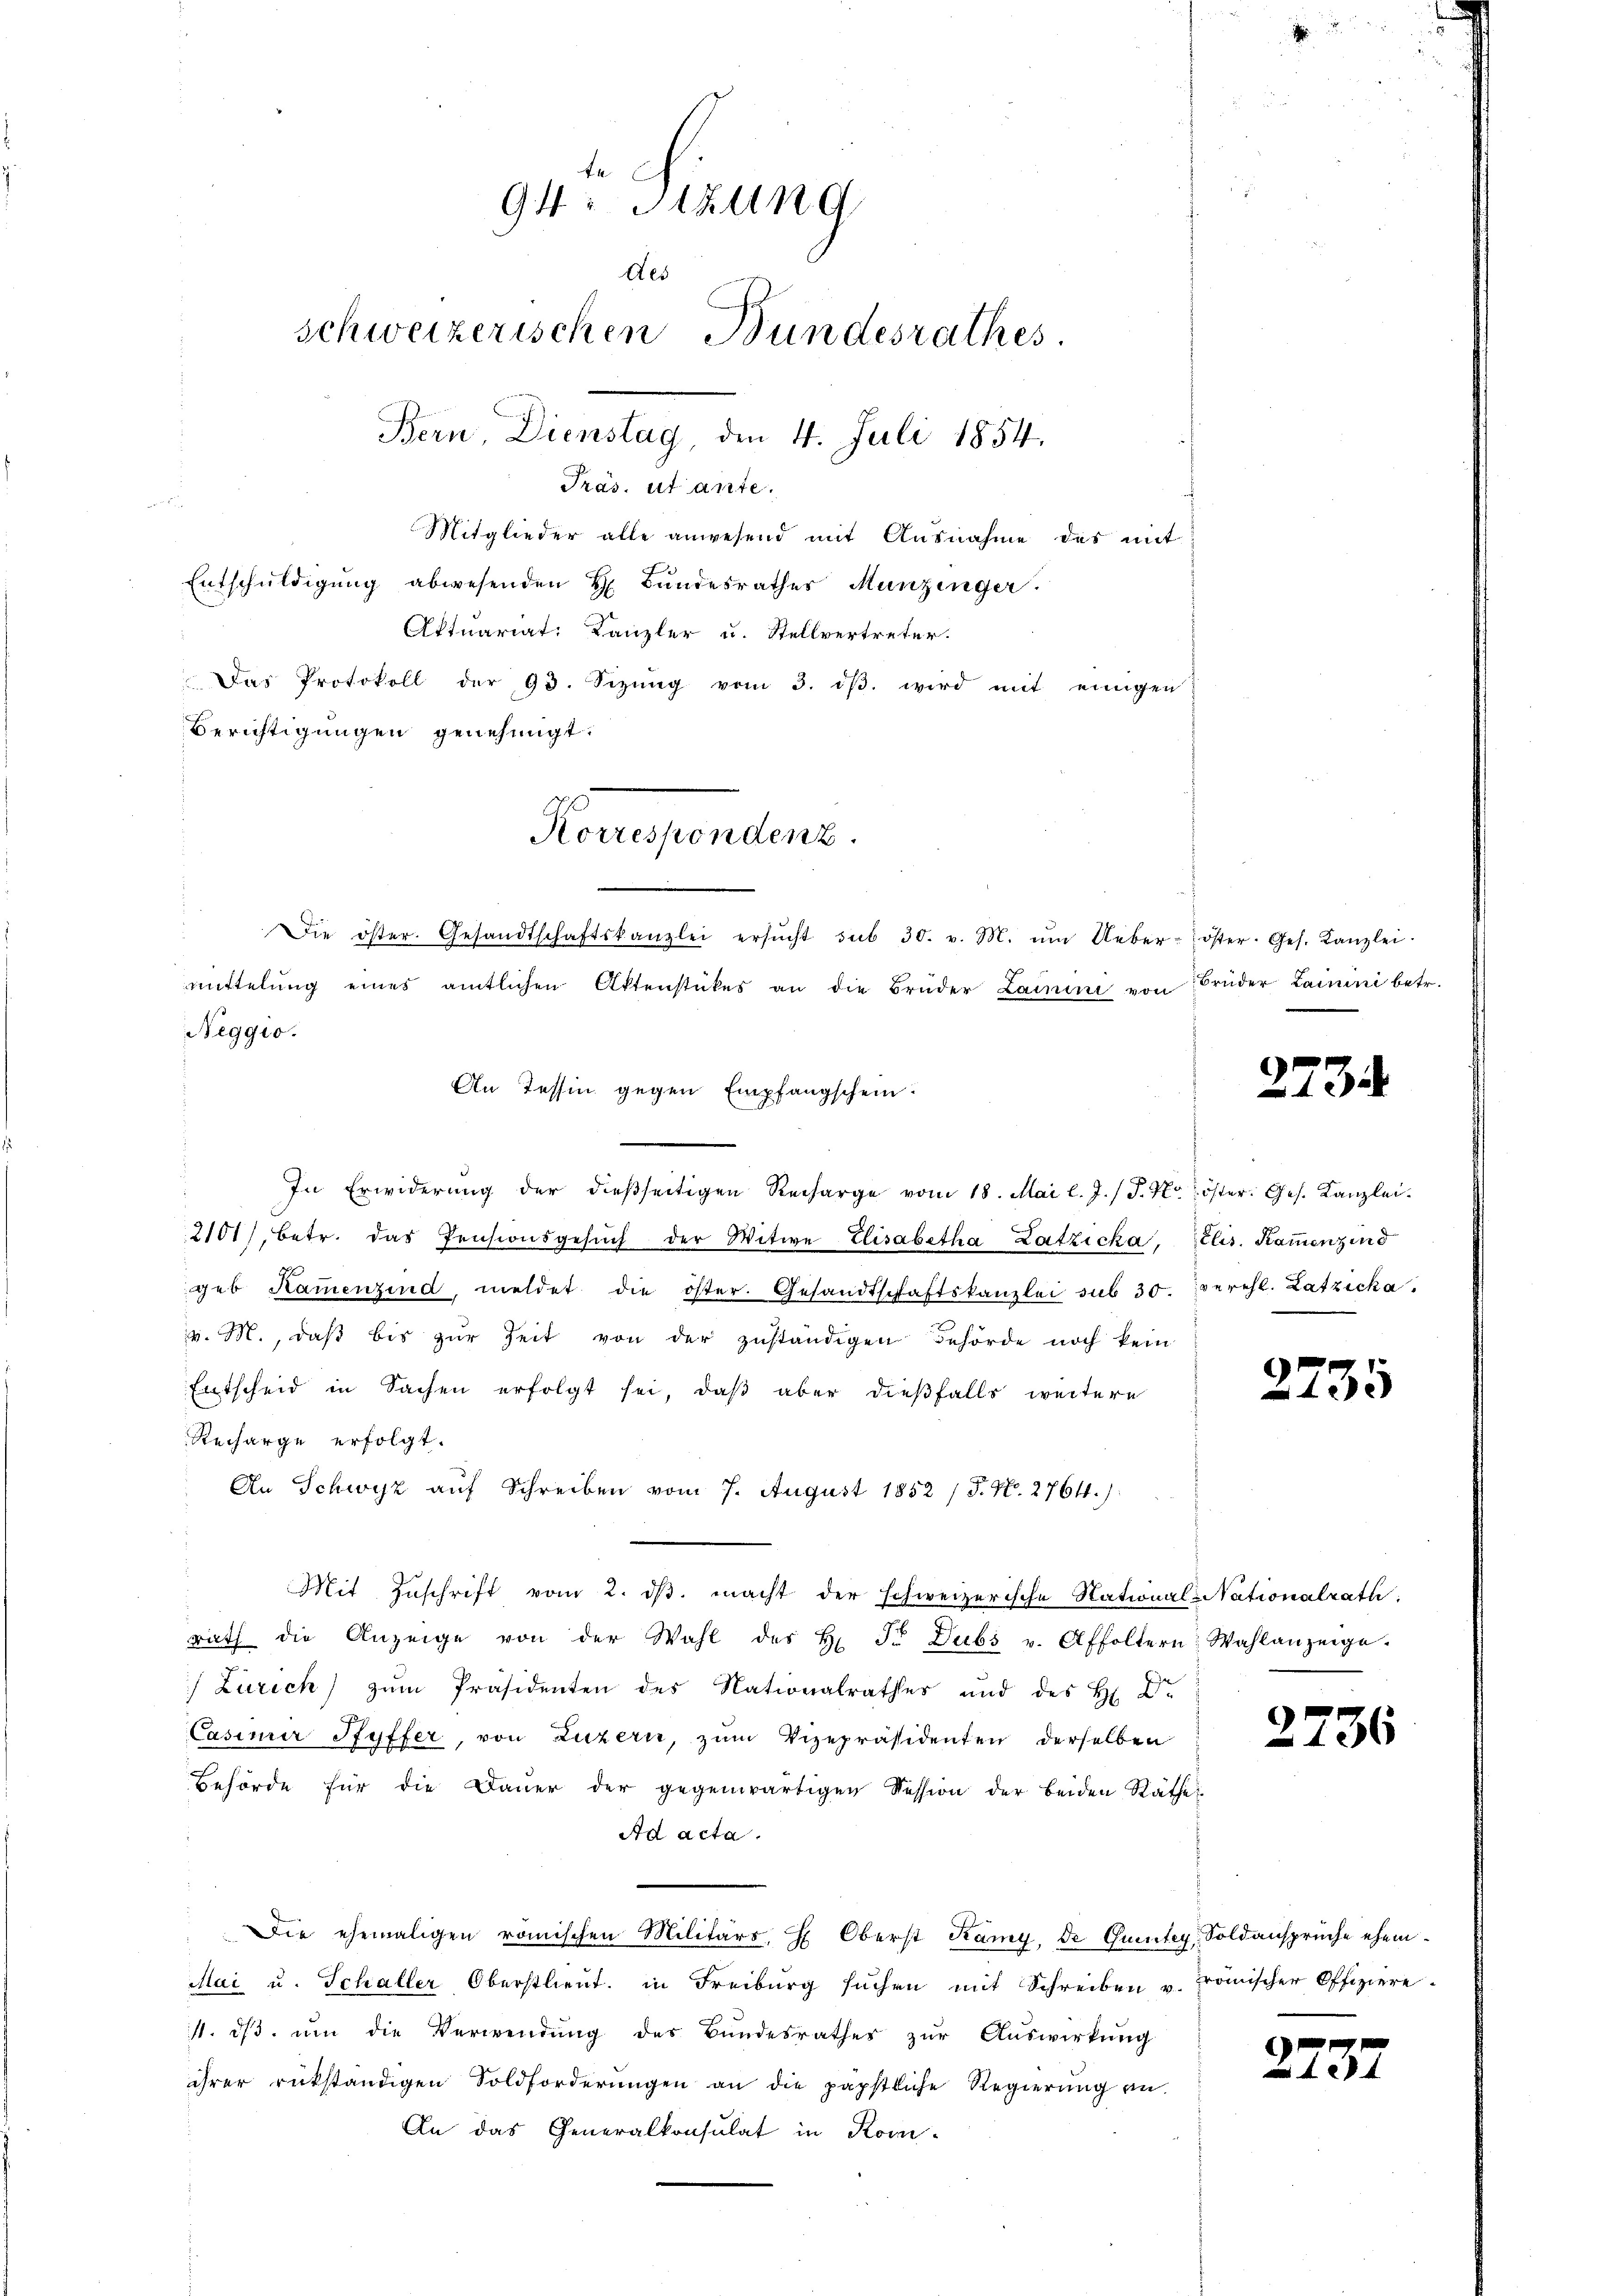
f
94: Sitzung
des
schweizerischen Bundesrathes
Bern, Dienstag, den 4. Juli 1854.
Präs. ut ante.
Mitglieder alte anwesend mit Ausnahme des mit
Entschuldigung abwesenden H. Bundesrathes Munzinger.
Aktuariat: Kanzler u. Stellvertreter.
 Das Protokoll der 93. Sizŭng vom 3. dβ. wird mit einigen

Neggio.

Korrespondenz.
Die öster. Gesandtschaftskanzlei ersŭcht sub 30. v. M. ŭm Ueber-öster. Ges. Kanzlei.

a
Berichtigungen genehmigt.
mittelŭng eines amtlichen Aktenstückes an die Brüder Lainini von Brüder Lamini betr.
An Tessin gegen Empfangschein.
In Erwiderung der dießseitigen Recharge vom 18. Mai l. J. J. Kr. öster. Ges. Kanzlei-
2101), betr. das Pensionsgesŭch der Witwe Elisabetha Latzicka, Elis. Kammenzind
geb Kammenzind, meldet die öster. Gesandtschaftskanzlei sub 30. verehl. Latzicka
v. M., daβ bis zŭr Zeit von der zŭständigen Behörde noch kein
Entscheid in Sachen erfolgt sei, daß aber dießfalls weitere
Recharge erfolgt.
An Schwyz auf Schreiben vom 7. August 1852 / P. N. 2764.)
Mit Zŭschrift vom 2. dβ. macht der schweizerische Nationals Nationalrath:
rath die Anzeige von der Wahl des H. Fr. Dubs v. Affoltern Wahlanzeige
) Zürich) zum Präsidenten des Nationalrathes und des H. Dr.
Casimir Pfyffer, von Luzern, zum Vizepräsidenten derselben
Behörde für die Daŭer der gegenwärtigen Session der beiden Räthe
Ad acta.
Die ehemaligen römischen Militärs, H. Oberst Kamy, de Quintey Soldansprüche ehem
Mai u. Schaller Oberstlieut. in Freiburg suchen mit Schreiben u. Frömischer Offiziere-
11. dβ ŭm die Verwendŭng des Bŭndesrathes zŭr Aŭswirkŭng
ihrer rükständigen Soldforderŭngen an die päpstliche Regierŭng an.
An das Generalkonsulat in Kom-

2733

2735

2736

7
.
xx